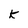
Character: k